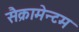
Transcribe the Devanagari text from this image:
सैक्रामेन्टम